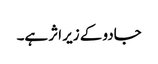
جادو کے زیر اثر ہے۔